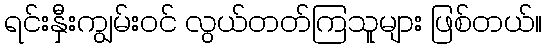
ရင်းနှီးကျွမ်းဝင် လွယ်တတ်ကြသူများ ဖြစ်တယ်။